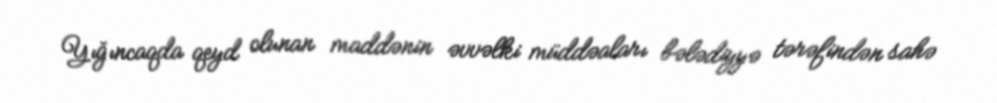
Yığıncaqda qeyd olunan maddənin əvvəlki müddəaları bələdiyyə tərəfindən sahə